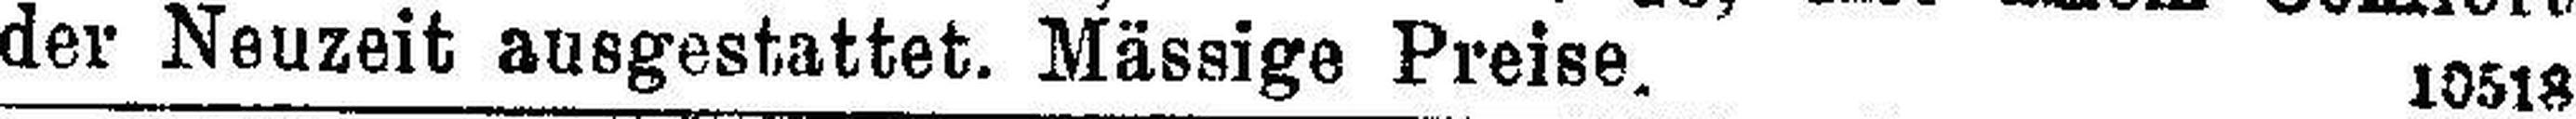
der Neuzeit ausgestattet. Mässige Preise. 10518